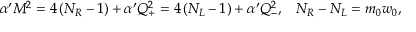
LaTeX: \begin{array} { c c } { { \alpha ^ { \prime } M ^ { 2 } = 4 \left( N _ { R } - 1 \right) + \alpha ^ { \prime } Q _ { + } ^ { 2 } = 4 \left( N _ { L } - 1 \right) + \alpha ^ { \prime } Q _ { - } ^ { 2 } , } } & { { N _ { R } - N _ { L } = m _ { 0 } w _ { 0 } , } } \end{array}